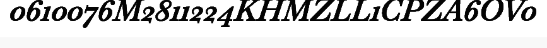
0610076M2811224KHMZLL1CPZA6OV0